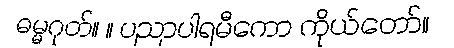
ဓမ္မဂုတ်။ ။ ပညာပါရမီကော ကိုယ်တော်။